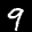
Label: 9